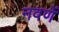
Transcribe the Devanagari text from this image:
नवणें